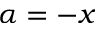
\alpha = - x